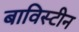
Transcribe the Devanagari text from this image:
बाविस्टीन